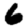
Digit: 6